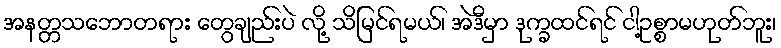
အနတ္တသဘောတရား တွေချည်းပဲ လို့ သိမြင်ရမယ်၊ အဲဒီမှာ ဒုက္ခထင်ရင် ငါ့ဥစ္စာမဟုတ်ဘူး၊